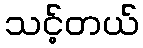
သင့်တယ်